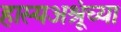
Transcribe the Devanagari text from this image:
हास्यअश्रूंच्या